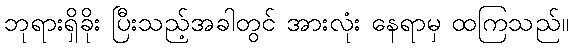
ဘုရားရှိခိုး ပြီးသည့်အခါတွင် အားလုံး နေရာမှ ထကြသည်။